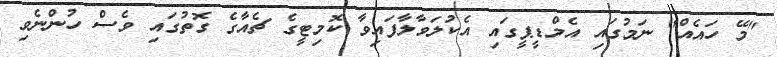
"މޭ ހައެއް" ނަމުގައި އެމްޑީޕީގައި އެކުލަވާލާފައިވާ ކޮމިޓީގެ ޗެެއާގެ ގޮތުގައި ވެސް ހުންނެވި